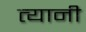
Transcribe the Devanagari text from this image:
त्‍यानी